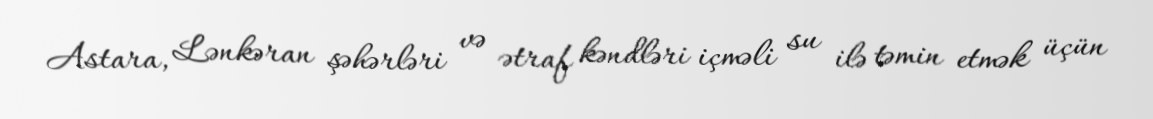
Astara, Lənkəran şəhərləri və ətraf kəndləri içməli su ilə təmin etmək üçün